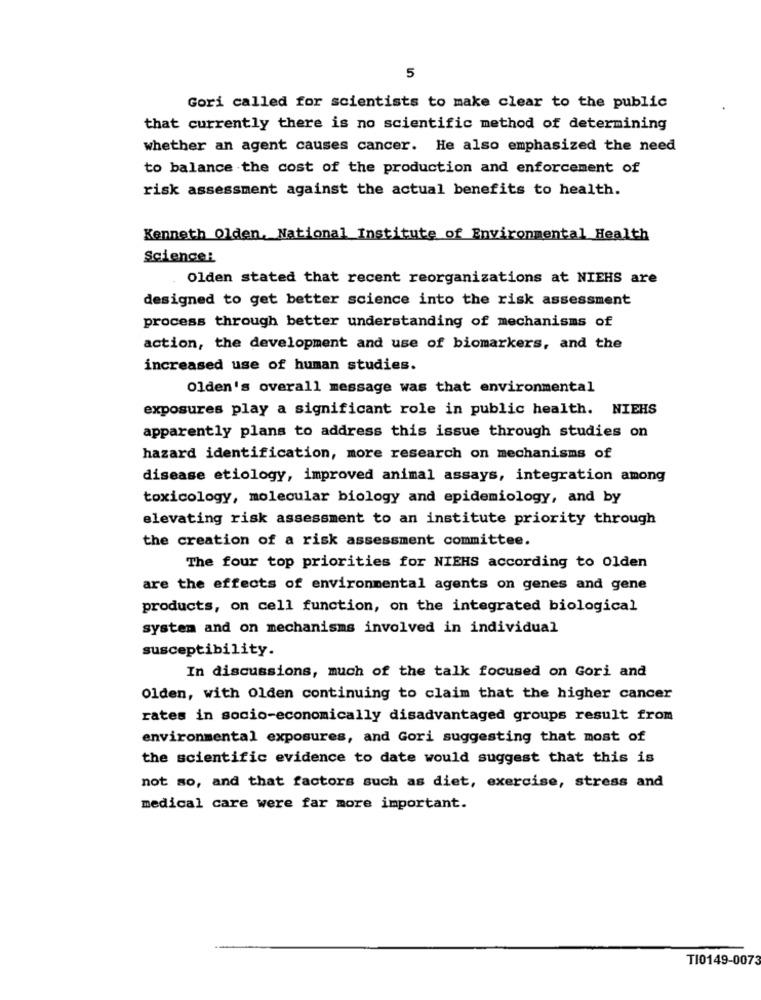
5
Gori called for scientists to make clear to the public
that currently there is no scientific method of determining
whether an agent causes cancer. He also emphasized the need
to balance the cost of the production and enforcement of
risk assessment against the actual benefits to health.
Kenneth Olden. National Institute of Environmental Health
Science:
Olden stated that recent reorganizations at NIEHS are
designed to get better science into the risk assessment
process through better understanding of mechanisms of
action, the development and use of biomarkers, and the
increased use of human studies.
Olden's overall message was that environmental
exposures play a significant role in public health. NIEHS
apparently plans to address this issue through studies on
hazard identification, more research on mechanisms of
disease etiology, improved animal assays, integration among
toxicology, molecular biology and epidemiology, and by
elevating risk assessment to an institute priority through
the creation of a risk assessment committee.
The four top priorities for NIEHS according to Olden
are the effects of environmental agents on genes and gene
products, on cell function, on the integrated biological
system and on mechanisms involved in individual
susceptibility.
In discussions, much of the talk focused on Gori and
Olden, with Olden continuing to claim that the higher cancer
rates in socio-economically disadvantaged groups result from
environmental exposures, and Gori suggesting that most of
the scientific evidence to date would suggest that this is
not so, and that factors such as diet, exercise, stress and
medical care were far more important.
TI0149-0073